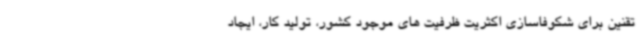
تقنین برای شکوفاسازی اکثریت ظرفیت های موجود کشور، تولید کار، ایجاد